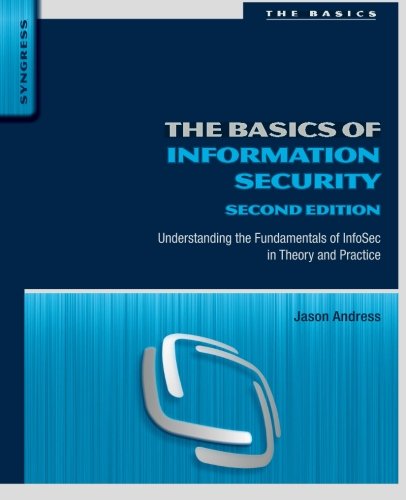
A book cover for The Basics of Information Security, Second Edition: Understanding the Fundamentals of InfoSec in Theory and Practice; Jason Andress; Computers & Technology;